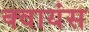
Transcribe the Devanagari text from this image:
क्वायंस